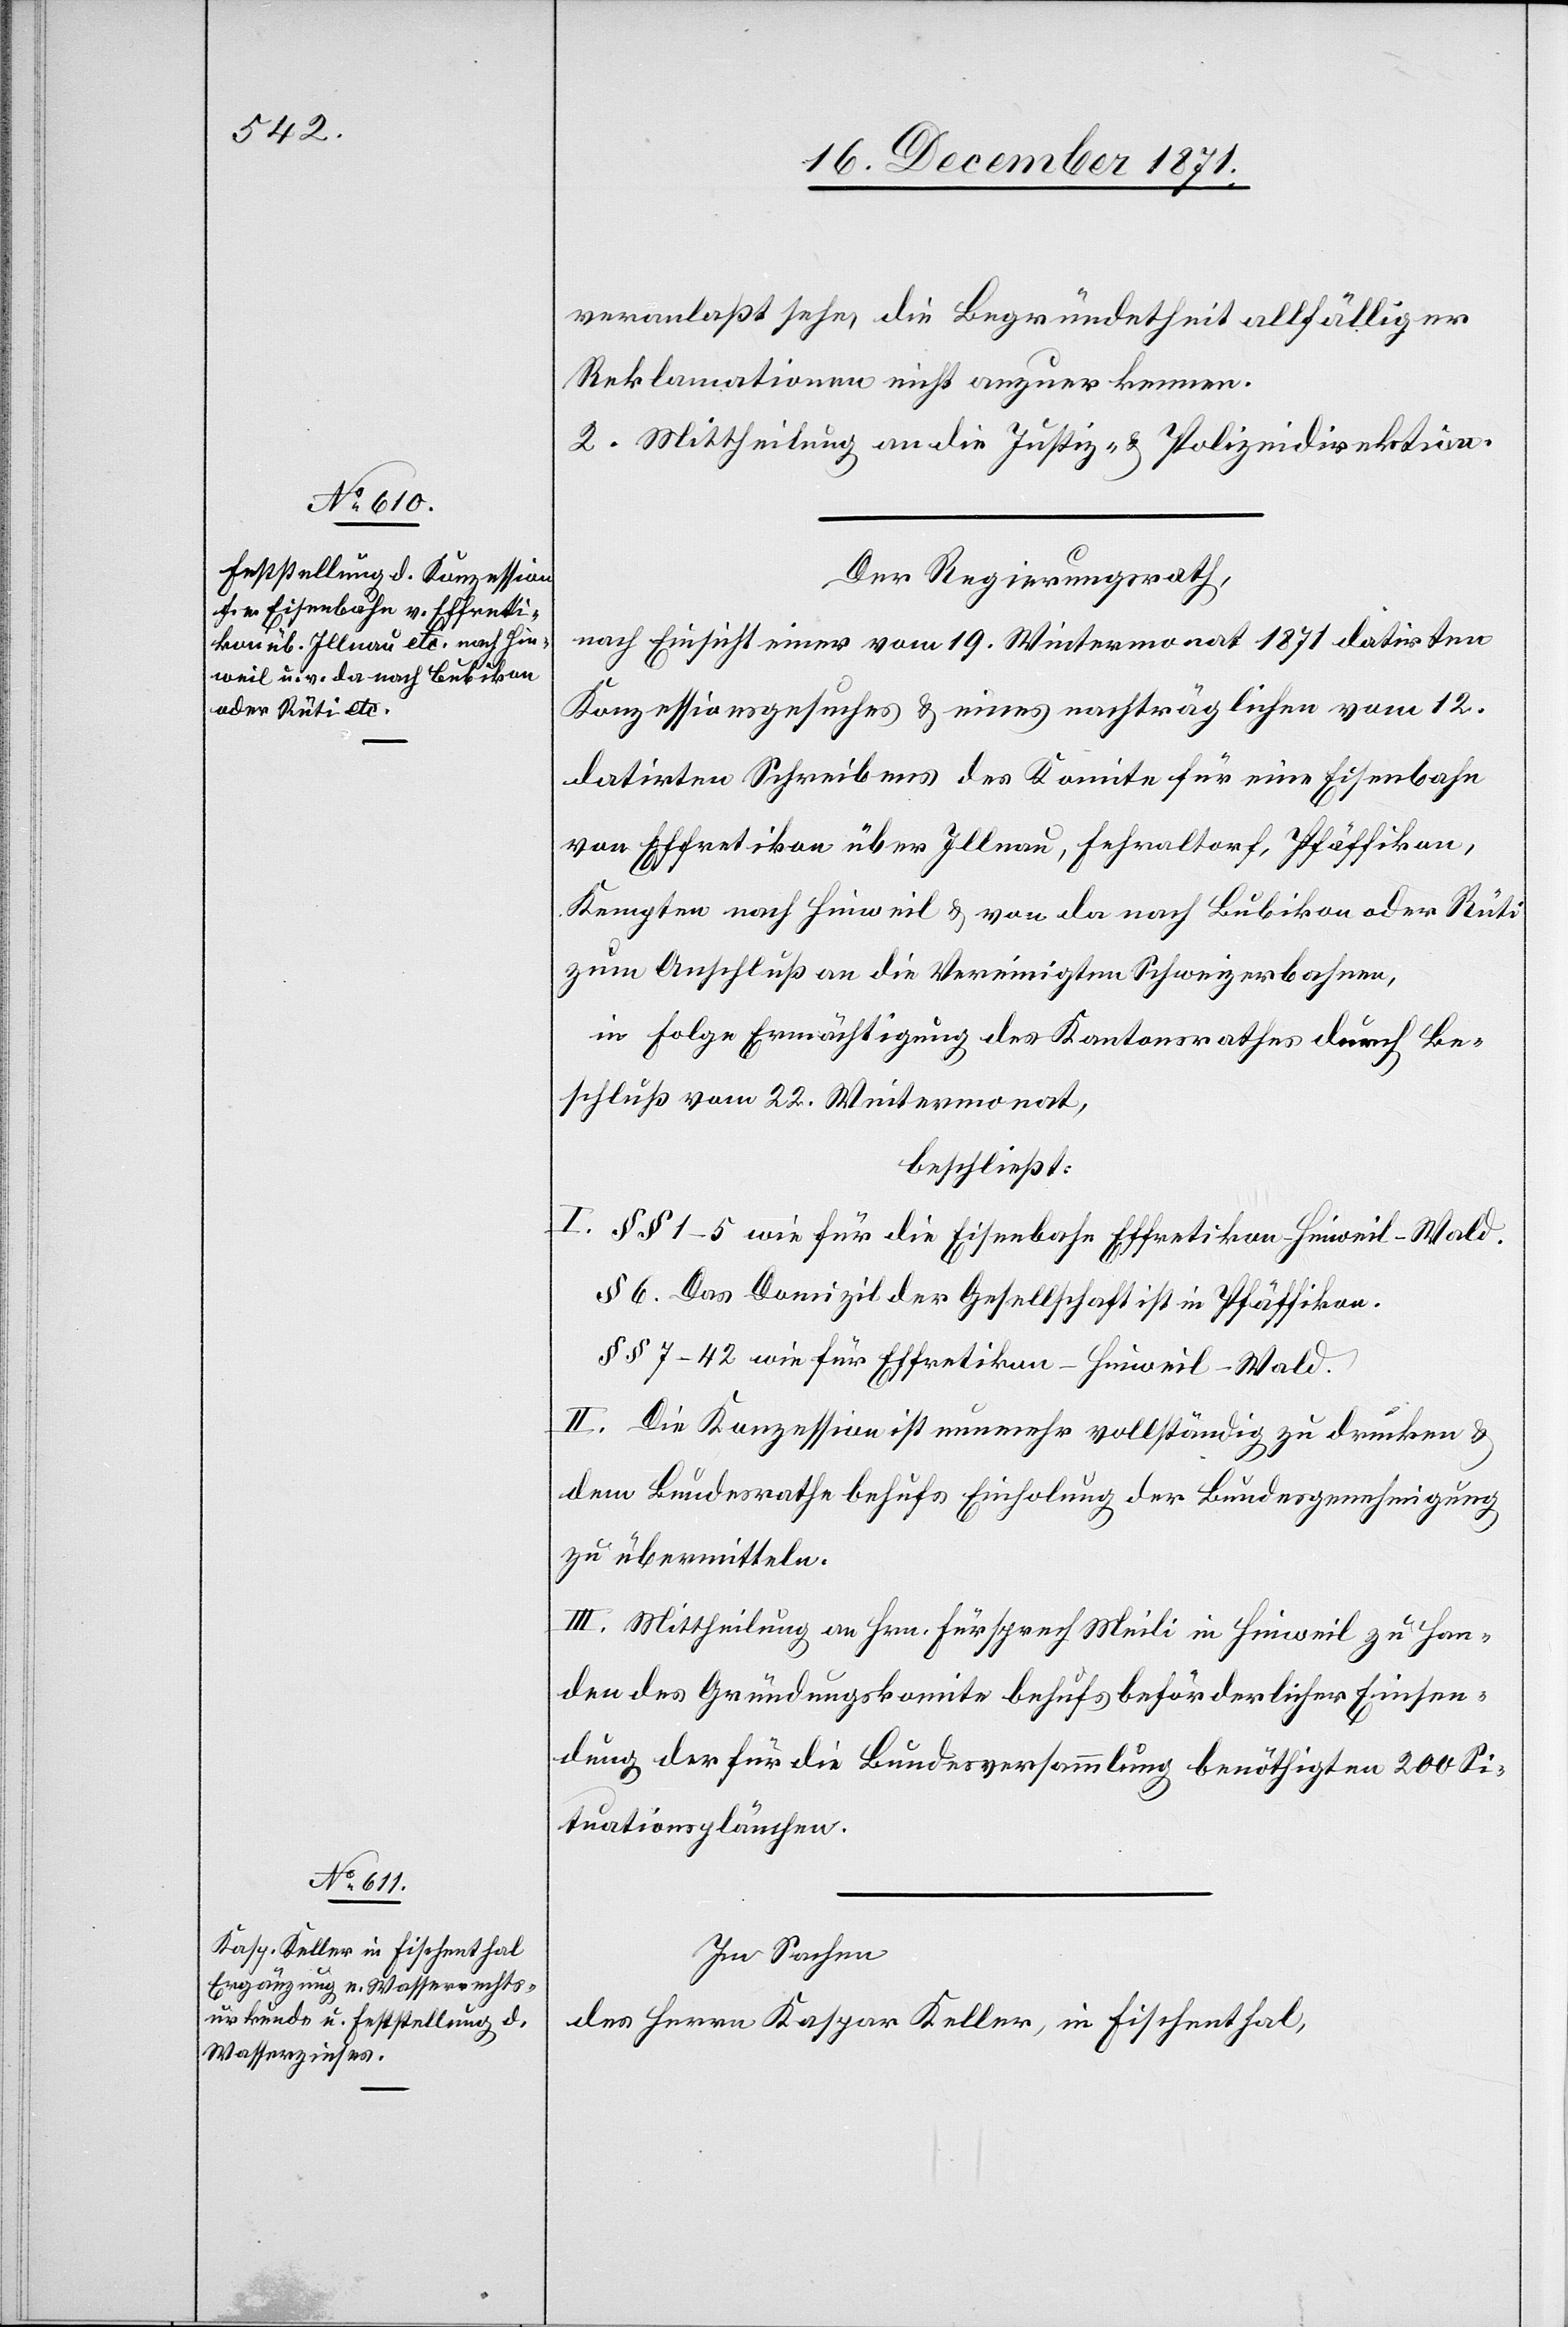
veranlaßt sehe, die Begründetheit allfälliger
Reklamationen nicht anzuerkennen.
2. Mittheilung an die Justiz- & Polizeidirektion.
Der Regierungsrath,
nach Einsicht eines vom 19. Wintermonat 1871 datirten
Konzessionsgesuches & eines nachträglichen vom 12.
datirten Schreibens des Komitee für eine Eisenbahn
von Effretikon über Illnau, Fehraltorf, Pfäffikon,
Kempten nach Hinweil & von da nach Bubikon oder Rüti
zum Anschluß an die Vereinigten Schweizerbahnen,
in Folge Ermächtigung des Kantonsrathes durch Be¬
schluß vom 22. Wintermonat,
beschließt:
I. §§ 1–5 wie für die Eisenbahn Effretikon–Hinweil–Wald.
§ 6. Das Domizil der Gesellschaft ist in Pfäffikon.
§§ 7–42 wie für Effretikon–Hinweil–Wald.
II. Die Konzession ist nunmehr vollständig zu drucken &
dem Bundesrathe behufs Einholung der Bundesgenehmigung
zu übermitteln.
III. Mittheilung an Hrn. Fürsprech Meili in Hinweil zu Han¬
den des Gründungskomite behufs beförderlicher Einsen¬
dung der für die Bundesversammlung benöthigten 200 Si¬
tuationsplänchen.
In Sachen
des Herrn Kaspar Keller, in Fischenthal,